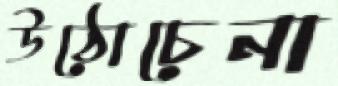
উঠোচেনা